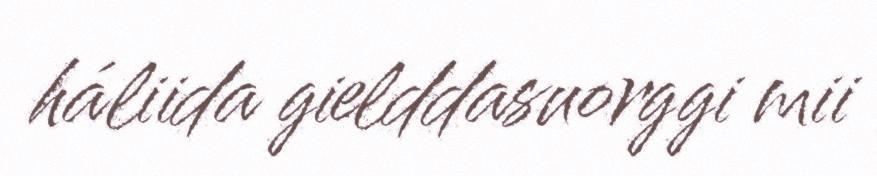
háliida gielddasuorggi mii